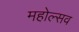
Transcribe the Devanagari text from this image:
महोल्सव